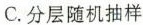
C.分层随机抽样